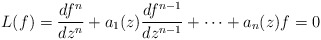
\begin{align*} L(f) = \frac{df^n}{dz^n} + a_1(z) \frac{df^{n-1}}{dz^{n-1}} + \cdots + a_n(z)f = 0\end{align*}